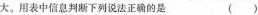
大。用表中信息判断下列说法正确的是 ( )